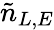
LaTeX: \tilde{n}_{L,E}